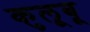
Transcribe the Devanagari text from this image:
कुलूबू